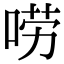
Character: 唠